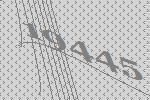
19445